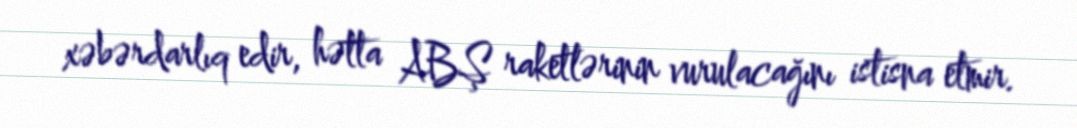
xəbərdarlıq edir, hətta ABŞ raketlərinin vurulacağını istisna etmir.